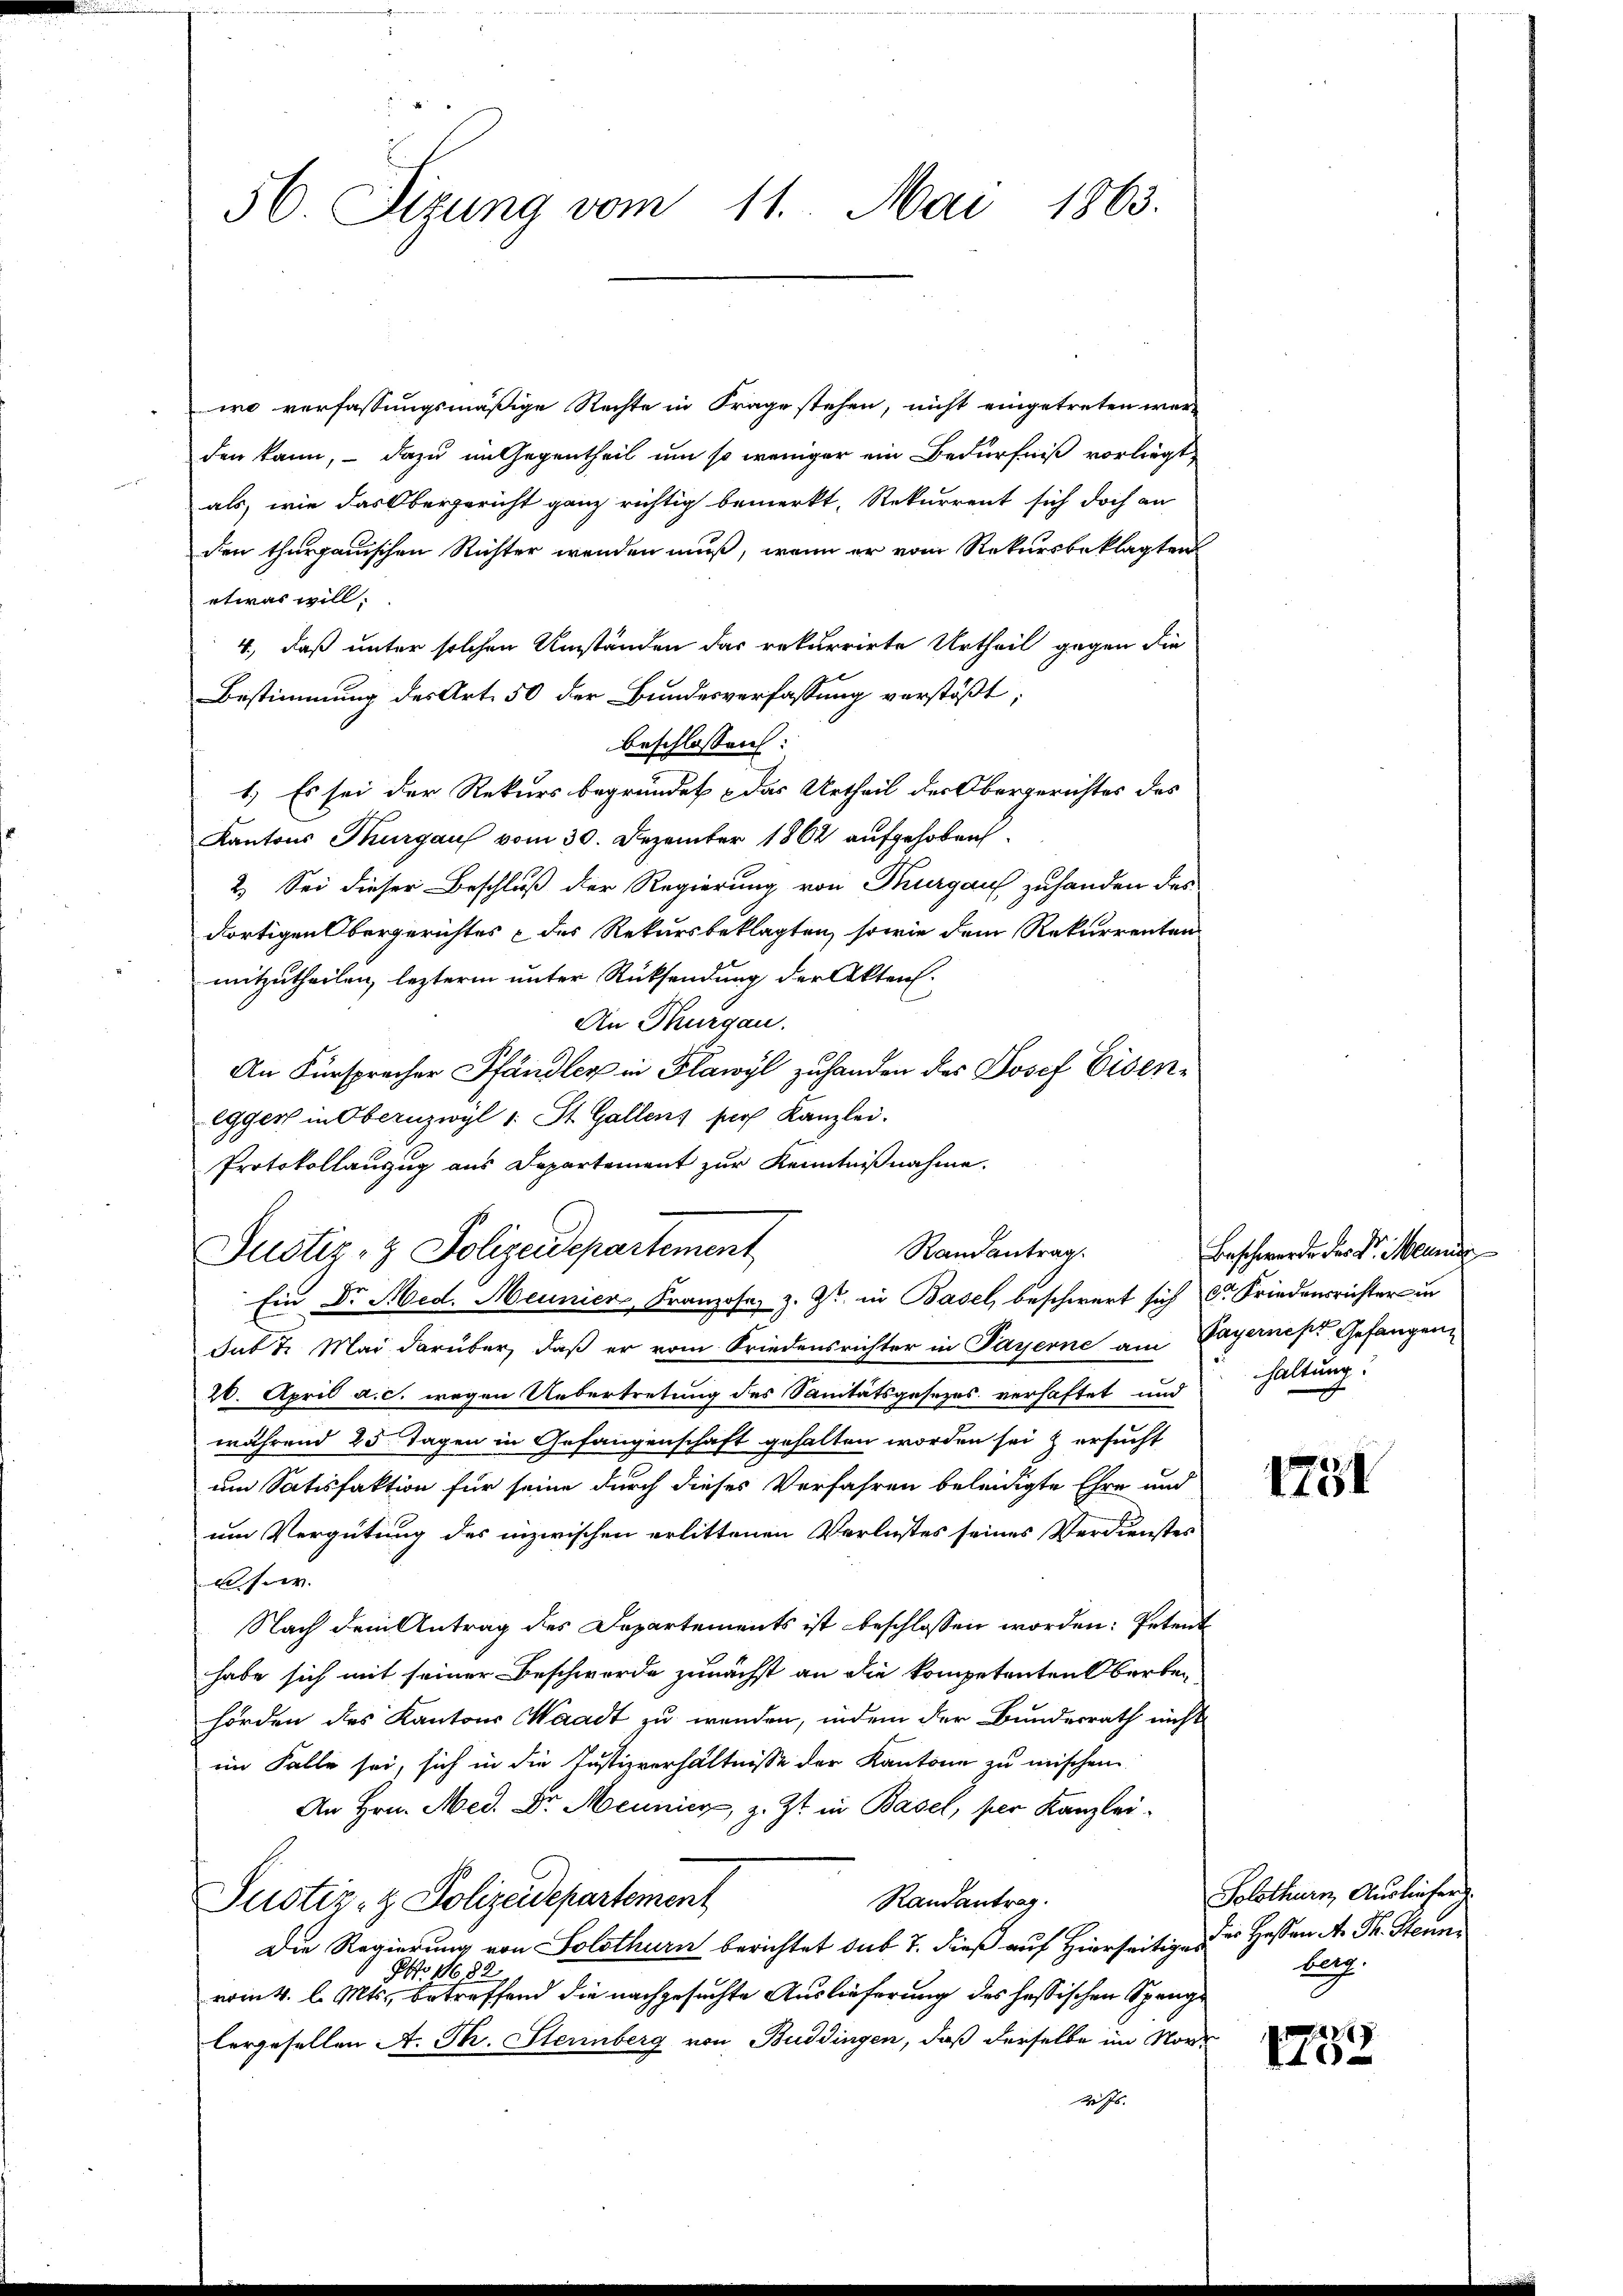
56. Sizung vom 11. Mai 1863.

wo verfassungsmäßige Rechte in Frage stehen, nicht eingetreten werden kann, – dazu im Gegentheil um so weniger ein Bedürfniß vorliegt,
als, wie das Obergericht ganz richtig bemerkt, Rekurrent sich doch an
den thurgauischen Richter wenden muß, wenn er vom Rekursbeklagten
etwas will.
4., daß unter solchen Umständen das rekurrirte Urtheil gegen die
Bestimmung des Art. 50 der Bundesverfassung verstößt,
beschlossen:
1.) Es sei der Rekurs begründet das Urtheil der Obergerichtes des
Kantons Thurgaus vom 30. Dezember 1862 aufgehoben
2.) Sei dieser Beschluß der Regierung von Thurgau zuhanden des
dortigen Obergerichtes & des Rekursbeklagten, sowie dem Rekurrenten
mitzutheilen, lezterm unter Rücksendung der Akten.
An Thurgau.
An Fürsprecher Pfändler in Flawyl zuhanden des Josef Eisenegger in Obernzwyl 1 St. Gallens pers Kanzlei.
Protokollanzug aus Departement zur Kenntnißnahme.
Justiz- & Polizeidepartement
Ein Dr. Med. Neuniers Franzose, z. Zt. in Basel, beschwert sich Dr Friedensrichter in
sub 7. Mai darüber, daß er vom Friedensrichter in Payerne am Bayernes Gefangen
20. April a. c. wegen Uebertretung des Sanitätsgesezes verhaftet und haltung!
während 25 Tagen in Gefangenschaft gehalten worden sei & ersucht
um Satisfaktion für seine durch dieses Verfahren beleidigte Ehre und
um Vergütung des inzwischen erlittenen Verlustes seines Verdienstes
usw.
Nach dem Antrag des Departements ist beschlossen worden: Petent
habe sich mit seiner Beschwerde zunächst an die kompetenten Oberbehörden des Kantons Waadt zu werden, indem der Bundesrath nicht
im Falle sei, sich in die Justizverhältnisse der Kantone zu mischen.
An Hrn. Med. Dr. Meunier, z. Zt. in Basel, per Kanzlei¬
Randantrag.
Justiz- & Polizeidepartement
Die Regierung von Solothurn berichtet sub 27. dieß auf Hierseitige des Heßen A. Th. Stenni
PNo 11683.
vom 4. l. Mts., betreffend die nachgesuchte Auslieferung des hessischen Spanglergesellen A. Th. Sternberg von Buddingen, daß derselbe im Nor-
Ns.

Randantrag.

Beschwerde der Dr. Meinden

1781

Solothurn, Ausliefer
berg.

.289
o¬